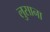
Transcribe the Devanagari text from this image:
लुसाना